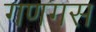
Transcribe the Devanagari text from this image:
गणगस